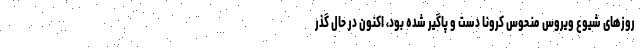
روزهای شیوع ویروس منحوس کرونا دست و پاگیر شده بود، اکنون در حال گذر